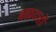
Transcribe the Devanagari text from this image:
ब्रह्मदत्तों